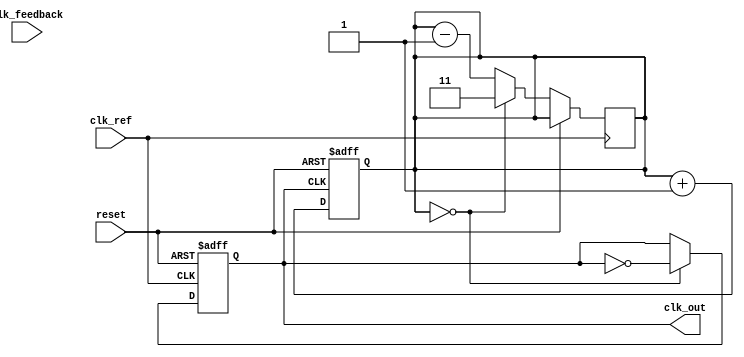
module CP_PLL (
    input wire clk_ref,       // Reference clock input
    input wire clk_feedback,  // Feedback clock input from VCO
    input wire reset,         // Reset signal
    output reg clk_out        // Output clock from VCO
);

    // Parameters for Charge Pump
    parameter CP_UP_CURRENT = 1'b1; // Charge pump UP current
    parameter CP_DOWN_CURRENT = 1'b0; // Charge pump DOWN current
    parameter DIVISION_RATIO = 4; // Frequency divider ratio

    // PFD outputs
    reg up, down;
    
    // Charge Pump output
    reg [7:0] charge_pump_output; // Control voltage for VCO

    // Loop Filter (simple first-order)
    reg [7:0] loop_filter_output;

    // VCO output
    reg [7:0] vco_frequency;

    // Frequency Divider
    reg [1:0] divider_count;

    // Phase Frequency Detector (PFD)
    always @(posedge clk_ref or posedge reset) begin
        if (reset) begin
            up <= 0;
            down <= 0;
        end else begin
            // Simple phase comparison
            if (clk_ref && !clk_feedback) begin
                up <= 1;
                down <= 0;
            end else if (!clk_ref && clk_feedback) begin
                up <= 0;
                down <= 1;
            end else begin
                up <= 0;
                down <= 0;
            end
        end
    end

    // Charge Pump
    always @(posedge clk_ref or posedge reset) begin
        if (reset) begin
            charge_pump_output <= 8'b0;
        end else begin
            if (up) begin
                charge_pump_output <= charge_pump_output + CP_UP_CURRENT;
            end else if (down) begin
                charge_pump_output <= charge_pump_output - CP_DOWN_CURRENT;
            end
        end
    end

    // Loop Filter (simple integrator)
    always @(posedge clk_ref or posedge reset) begin
        if (reset) begin
            loop_filter_output <= 8'b0;
        end else begin
            loop_filter_output <= charge_pump_output; // Simple direct output for demonstration
        end
    end

    // Voltage-Controlled Oscillator (VCO)
    always @(posedge clk_ref or posedge reset) begin
        if (reset) begin
            vco_frequency <= 8'b0;
            clk_out <= 0;
        end else begin
            vco_frequency <= loop_filter_output; // Control voltage affects frequency
            // Generate output clock based on VCO frequency
            if (divider_count == 0) begin
                clk_out <= ~clk_out; // Toggle output clock
                divider_count <= DIVISION_RATIO - 1; // Reset divider count
            end else begin
                divider_count <= divider_count - 1; // Decrement divider count
            end
        end
    end

    // Frequency Divider
    always @(posedge clk_out or posedge reset) begin
        if (reset) begin
            divider_count <= 0;
        end else begin
            divider_count <= divider_count + 1;
        end
    end

endmodule